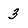
Character: 3